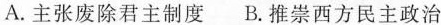
A. 主张废除君主制度 B. 推崇西方民主政治